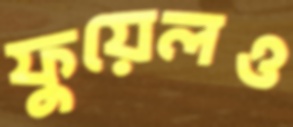
ফুয়েলও